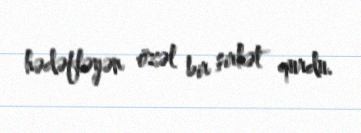
hədəfləyən özəl bir şirkət qurdu.